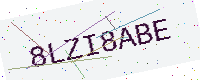
Text: 8LZI8ABE